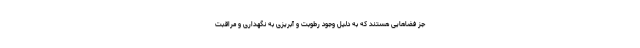
جز فضاهایی هستند که به دلیل وجود رطوبت و آبریزی به نگهداری و مراقبت